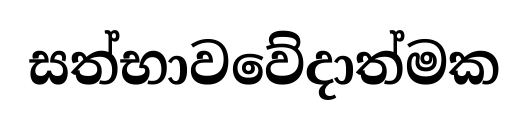
සත්භාවවේදාත්මක